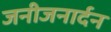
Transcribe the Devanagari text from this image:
जनीजनार्दन